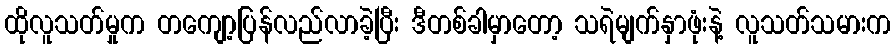
ထိုလူသတ်မှုက တကျော့ပြန်လည်လာခဲ့ပြီး ဒီတစ်ခါမှာတော့ သရဲမျက်နှာဖုံးနဲ့ လူသတ်သမားက